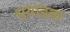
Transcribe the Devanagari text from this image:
ध्याडबर